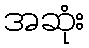
အဆုံး